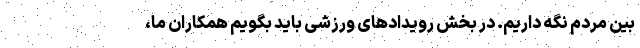
بین مردم نگه داریم. در بخش رویدادهای ورزشی باید بگویم همکاران ما،